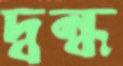
দ্বন্ধ